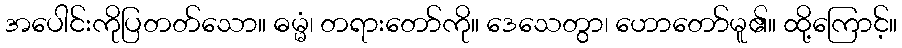
အပေါင်းကိုပြတတ်သော။ ဓမ္မံ၊ တရားတော်ကို။ ဒေသေတွာ၊ ဟောတော်မူ၏။ ထို့ကြောင့်။